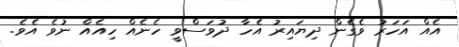
އެއް އަހަރު ވެގެން ދިޔައިރު އެހާ ދުވަސްވީ ހެނެއް ހިއެއް ނުވެ އެވެ.